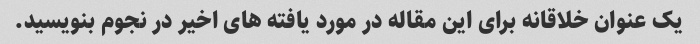
یک عنوان خلاقانه برای این مقاله در مورد یافته های اخیر در نجوم بنویسید.